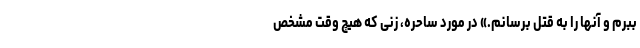
ببرم و آنها را به قتل برسانم.» در مورد ساحره، زنی که هیچ وقت مشخص